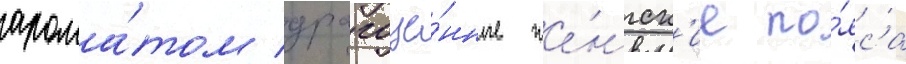
арома́том драгоце́нные же́нск'ие по́яса